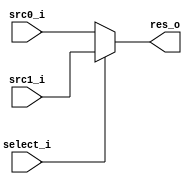
module MUX32(src0_i, src1_i, select_i, res_o);
    input [31:0] src0_i, src1_i;
    input select_i;
    output [31:0] res_o;

    assign res_o = ((select_i == 1'b0) ? src0_i : src1_i);

endmodule